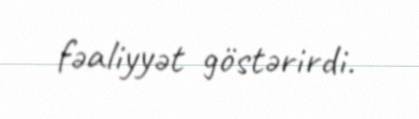
fəaliyyət göstərirdi.